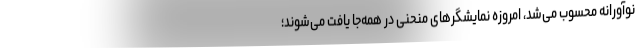
نوآورانه محسوب می‌شد، امروزه نمایشگرهای منحنی در همه‌جا یافت می‌شوند؛